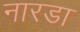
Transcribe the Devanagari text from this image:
नारडा